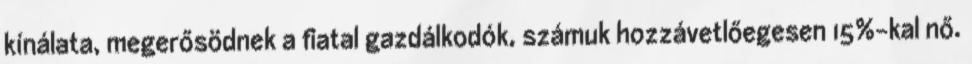
kínálata, megerősödnek a fiatal gazdálkodók, számuk hozzávetlőegesen 15%-kal nő.